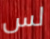
لس